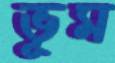
ভূম